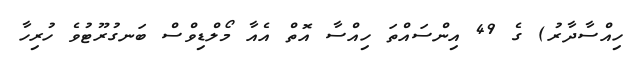
ހިއްސާދާރު) ގެ 49 އިންސައްތަ ހިއްސާ އޮތް އެއާ މޯލްޑިވްސް ބަނގުރޫޓުވެ ހުރިހާ